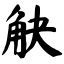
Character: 觖